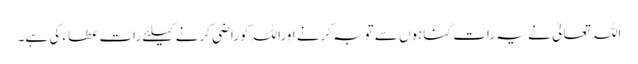
اللہ تعالیٰ نے یہ رات گناہوں سے توبہ کرنے اوراللہ کوراضی کرنے کیلئے رات عطاء کی ہے۔